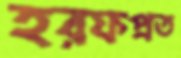
হরফপ্রত